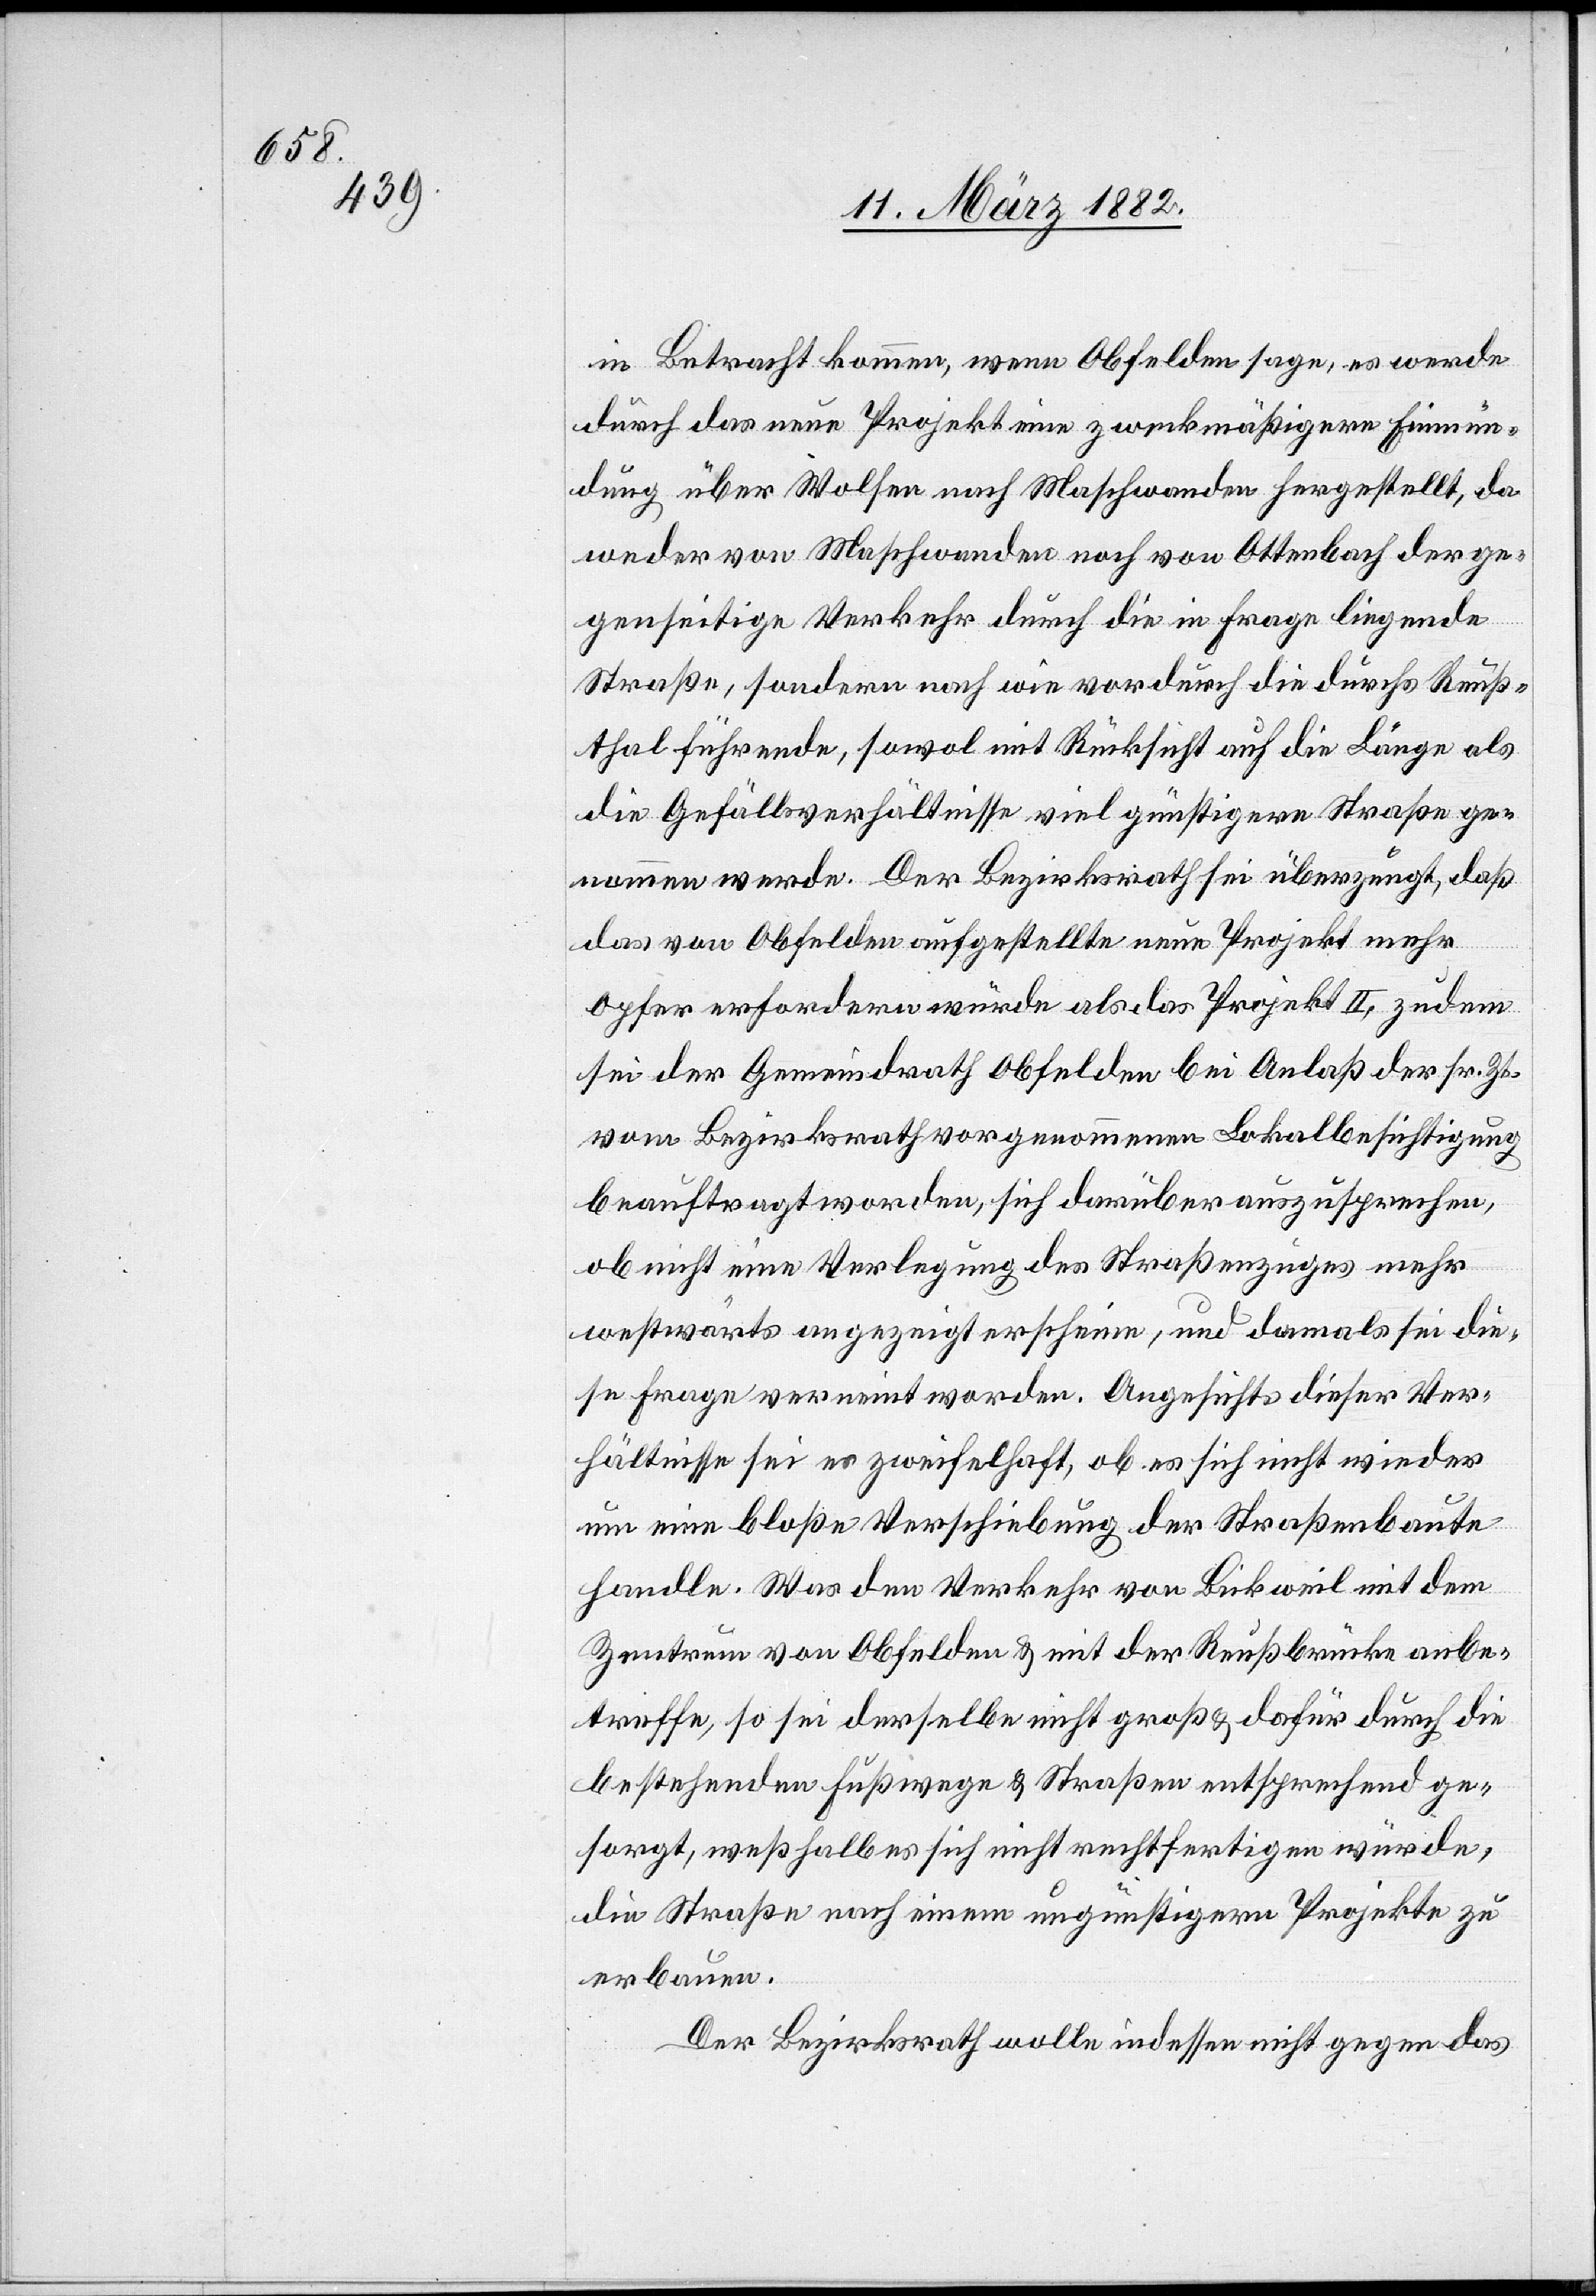
in Betracht kommen, wenn Obfelden sage, es werde
durch das neue Projekt eine zweckmäßigere Einmün¬
dung über Wolsen nach Maschwanden hergestellt, da
weder von Maschwanden noch von Ottenbach der ge¬
genseitige Verkehr durch die in Frage liegende
Straße, sondern nach wie vor durch die durchs Reuß¬
thal führende, sowol mit Rücksicht auf die Länge als
die Gefällsverhältnisse viel günstigere Straße ge¬
nommen werde. Der Bezirksrath sei überzeigt, daß
das von Obfelden aufgestellte neue Projekt mehr
Opfer erfordern würde als das Projekt II, zudem
sei der Gemeindrath Obfelden bei Anlaß der sr. Zeit
vom Bezirksrath vorgenommenen Lokalbesichtigung
beauftragt worden, sich darüber auszusprechen,
ob nicht eine Verlegung des Straßenzuges mehr
westwärts angezeigt erscheine, und damals sei die¬
se Frage verneint worden. Angesichts dieser Ver¬
hältnisse sei es zweifelhaft, ob es sich nicht wieder
um eine bloße Verschiebung der Straßenbaute
handle. Was den Verkehr von Bickweil mit dem
Zentrum von Obfelden & mit der Reußbrücke anbe¬
treffe, so sei derselbe nicht groß & dafür durch die
bestehenden Fußwege & Straßen entsprechend ge¬
sorgt, weßhalb es sich nicht rechtfertigen würde,
die Straße nach einem ungünstigern Projekte zu
erbauen.
Der Bezirksrath wolle indessen nicht gegen das